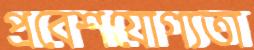
প্রবেশযোগ্যতা